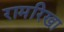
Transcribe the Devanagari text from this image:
रामरिखा